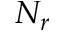
N _ { r }